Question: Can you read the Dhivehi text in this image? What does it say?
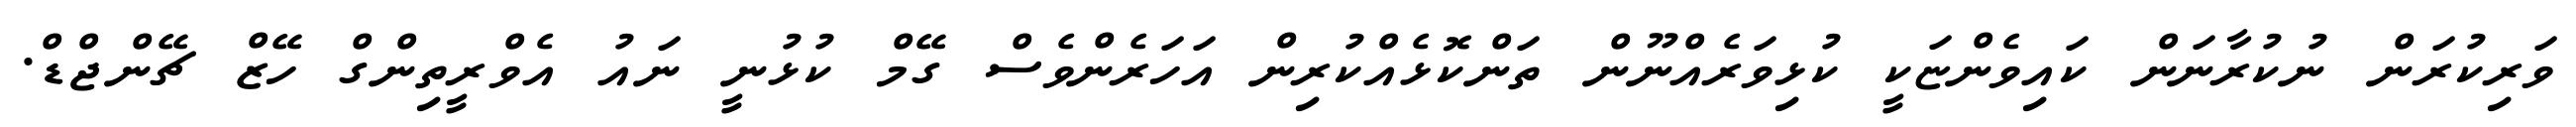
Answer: ވަރިކުރަން ނުކުރާނަން ކައިވެންޏަކީ ކުޅިވަރެއްނޫން ތަންކޮޅެއްކުރިން އަހަރެންވެސް ގޭމް ކުޅުނީ ނައު އެވްރީތިންގް ހޭޒް ޗޭންޖްޑް.